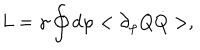
L = \gamma \oint d \varphi < \partial _ { \varphi } Q \dot { Q } > ,